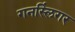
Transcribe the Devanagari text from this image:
गनस्लिंगर